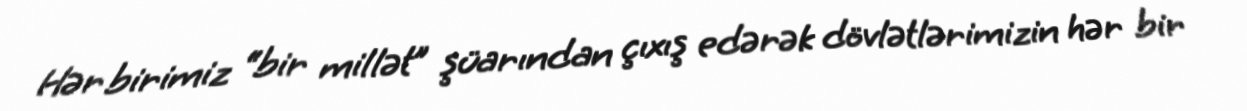
Hər birimiz “bir millət” şüarından çıxış edərək dövlətlərimizin hər bir